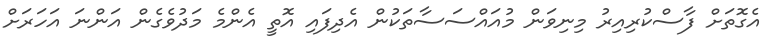
އެގޮތަށް ފާސްކުރިއިރު މިނިވަން މުއައްސަސާތަކުން އެދިފައި އޮތީ އެންމެ މަދުވެގެން އަންނަ އަހަރަށް